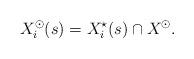
LaTeX: \begin{align*} X_i^\odot(s) = X_i^\star(s) \cap X^\odot.\end{align*}